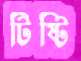
টিষ্টি